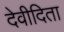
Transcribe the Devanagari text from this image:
देवीदिता